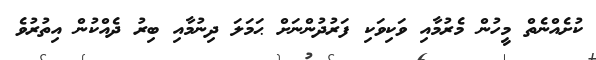
ކުށެއްނެތް މީހުން މެރުމާއި ވަކިވަކި ފަރުދުންނަށް ޙަމަލަ ދިނުމާއި ބިރު ދެއްކުން އިތުރުވެ